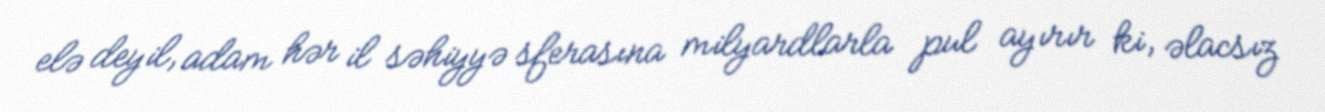
elə deyil, adam hər il səhiyyə sferasına milyardlarla pul ayırır ki, əlacsız